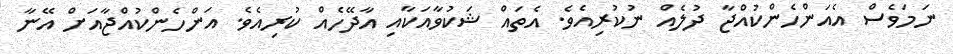
ނަމަވެސް އެއަންހެންކުއްޖާ ދުލެއް ނުކުރިއެވެ. އެތައް ޝަކުވާއަކާއި އާދޭހެއް ކުރިއެވެ. އަންހެންކުއްޖާއަށް އޭނާ